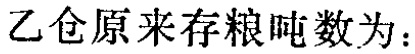
乙仓原来存粮吨数为：